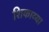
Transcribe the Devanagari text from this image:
शिकाव्या